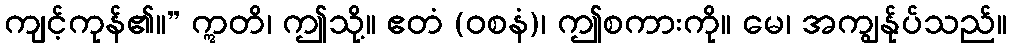
ကျင့်ကုန်၏။” ဣတိ၊ ဤသို့။ ဧတံ (ဝစနံ)၊ ဤစကားကို။ မေ၊ အကျွန်ုပ်သည်။